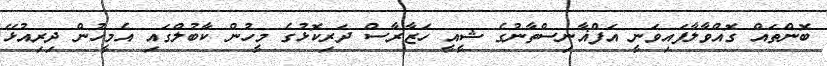
ބޮންތައް ގޮއްވާލާފައިވަނީ އަފްޣާނިސްތާނުގެ ޝީއީ ހަޒާރާސް ދަރިކޮޅުގެ މީހުން ކާބުލްގައި އެމީހުން ދިރިއުޅޭ